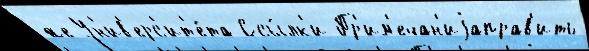
же Ун'ив'ерс'ит'е́та Ссы́лк'и Пр'им'ечан'иjаправ'ить